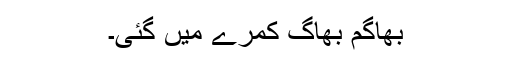
بھاگم بھاگ کمرے میں گئی۔